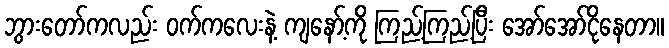
ဘွားတော်ကလည်း ဝက်ကလေးနဲ့ ကျနော့်ကို ကြည့်ကြည့်ပြီး အော်အော်ငိုနေတာ။